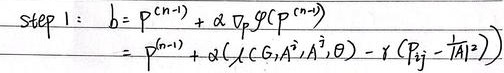
step 1:
\[\begin{align*}
b&=p^{(n - 1)}+\alpha\nabla_{p}\varphi(p^{(n - 1)})\\
&=p^{(n - 1)}+\alpha(\lambda(G,A^{1},A^{3},\Theta)-\gamma(P_{ij}-\overline{|A_{1}|^{2}}))
\end{align*}\]